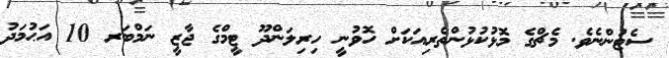
ސެޓުންނެވެ. މެޗްގެ މޮޅުކުޅުންތެރިއަކަށް ހޮވުނީ ހިރިލަންދޫ ޓީމްގެ ޖާޒީ ނަމްބަރ 10 އަޙުމަދު